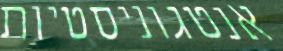
אנטגוניסטיות